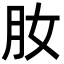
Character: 肗